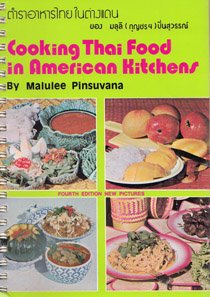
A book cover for Cooking Thai Food in American Kitchens; Malulee Pinsuvana; Cookbooks, Food & Wine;